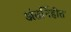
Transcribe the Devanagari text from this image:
अंतर्निहीत